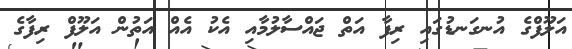
އަލޫފްގެ އުނގަނޑުގައި ރިފާ އަތް ޖައްސާލުމާއި އެކު އެއް އަތުން އަލޫފް ރިފާގެ